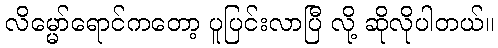
လိမ္မော်ရောင်ကတော့ ပူပြင်းလာပြီ လို့ ဆိုလိုပါတယ်။